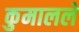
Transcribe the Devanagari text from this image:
कुमालले